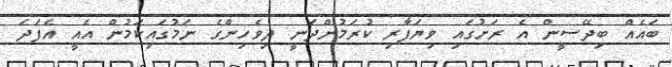
ބައެއް ބިދޭސީން އެ ރަށުގައި ވިޔަފާރި ކުރަމުންދަނީ ދިވެހިންގެ ނަމުގައިކަމުން އެއީ އެފަދަ